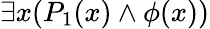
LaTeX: \exists x(P_{1}(x)\land\phi(x))